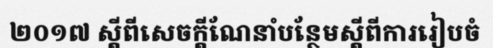
២០១៧ ស្តីពីសេចក្តីណែនាំបន្ថែមស្តីពីការរៀបចំ